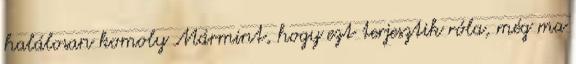
halálosan komoly Mármint, hogy ezt terjesztik róla, még ma